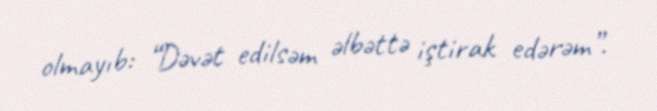
olmayıb: “Dəvət edilsəm əlbəttə iştirak edərəm”.